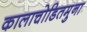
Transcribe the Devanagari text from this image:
कालाचोडितमुना